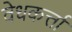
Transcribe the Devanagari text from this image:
वेधकर्त्ता